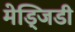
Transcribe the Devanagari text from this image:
मेड्जिडी